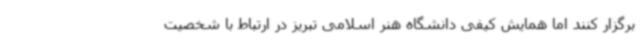
برگزار کنند اما همایش کیفی دانشگاه هنر اسلامی تبریز در ارتباط با شخصیت